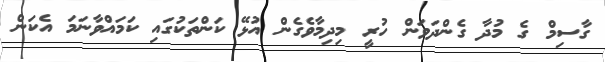
ގާސިމް ގެ މުދާ ގެންދަވަން ހުރީ މިދިމާވެގެން އުޅޭ ކަންތަކުގައި ކަމައްވާނަމަ އެކަން